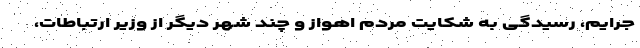
جرایم، رسیدگی به شکایت مردم اهواز و چند شهر دیگر از وزیر ارتباطات،